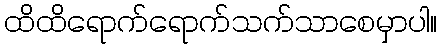
ထိထိရောက်ရောက်သက်သာစေမှာပါ။